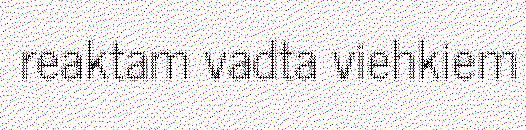
reaktam vadta viehkiem